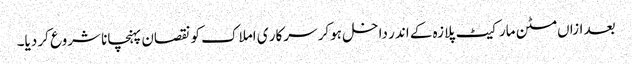
بعد ازاں مٹن مارکیٹ پلازہ کے اندر داخل ہوکر سرکار ی املاک کو نقصان پہنچانا شروع کر دیا۔